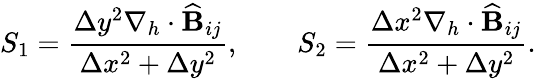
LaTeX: S_{1}=\frac{\Delta y^{2}\nabla_{h}\cdot\widehat{\mathbf{B}}_{ij}}{\Delta x^{2}+\Delta y^{2}},\qquad S_{2}=\frac{\Delta x^{2}\nabla_{h}\cdot\widehat{\mathbf{B}}_{ij}}{\Delta x^{2}+\Delta y^{2}}.